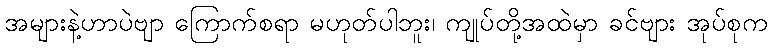
အများနဲ့ဟာပဲဗျာ ကြောက်စရာ မဟုတ်ပါဘူး၊ ကျုပ်တို့အထဲမှာ ခင်ဗျား အုပ်စုက